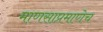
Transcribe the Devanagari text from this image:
माणसाप्रमाणेच